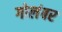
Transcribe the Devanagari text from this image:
गोलंबर